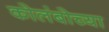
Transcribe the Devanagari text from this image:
कोलंबोच्या